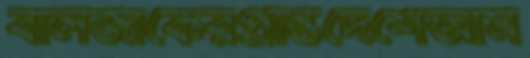
বালজাকেরপ্রান্তদেশেআম